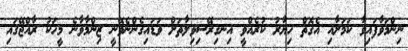
ނިންމަވާފައިވާ ކަމަށާއި އެގޮތް ހިޔާރު ކުރެއްވީ އިނގިރޭސިވިލާތަށް ވަޑައިގެންނެވޭނީ ޒިންމާވާނެ މީހަކު ރާއްޖޭގައި